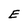
Character: E